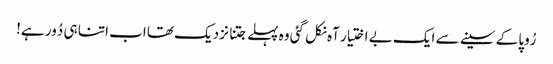
رُوپا کے سینے سے ایک بے اختیار آہ نکل گئی وہ پہلے جتنا نزدیک تھا اب اتنا ہی دُور ہے!